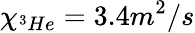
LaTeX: \chi_{^3He}=3.4m^{2}/s